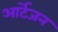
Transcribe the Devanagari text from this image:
आर्टेजन